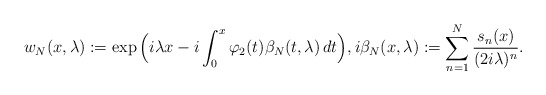
\begin{align*}w_N(x,\lambda) := \exp\Big(i\lambda x- i \int_0^x \varphi_2(t)\beta_N(t,\lambda)\,dt\Big),i\beta_N(x,\lambda):= \sum_{n=1}^N\frac{s_n(x)}{(2i\lambda)^n}.\end{align*}